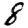
Digit: 8